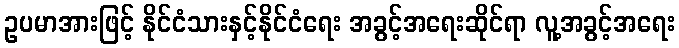
ဥပမာအားဖြင့် နိုင်ငံသားနှင့်နိုင်ငံရေး အခွင့်အရေးဆိုင်ရာ လူ့အခွင့်အရေး